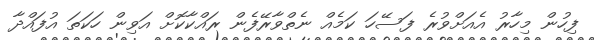
ފިހުން މިހާރު އެއަށްވުރެ ފަސޭހަ ކަމެއް ނެތްވާރޭފެން ރައްކާކޮށް އަވިން ހަކަތަ އުފައްދާ